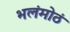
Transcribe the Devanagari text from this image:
भलंमोठं